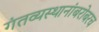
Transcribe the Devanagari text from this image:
गंतव्यस्थानांबरोबरच